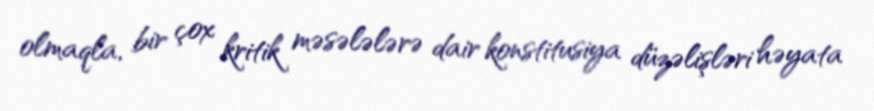
olmaqla, bir çox kritik məsələlərə dair konstitusiya düzəlişləri həyata